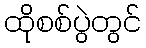
ထိုစစ်ပွဲတွင်